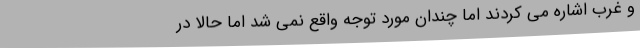
و غرب اشاره می کردند اما چندان مورد توجه واقع نمی شد اما حالا در